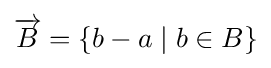
{\overrightarrow {B}}=\{b-a\mid b\in B\}